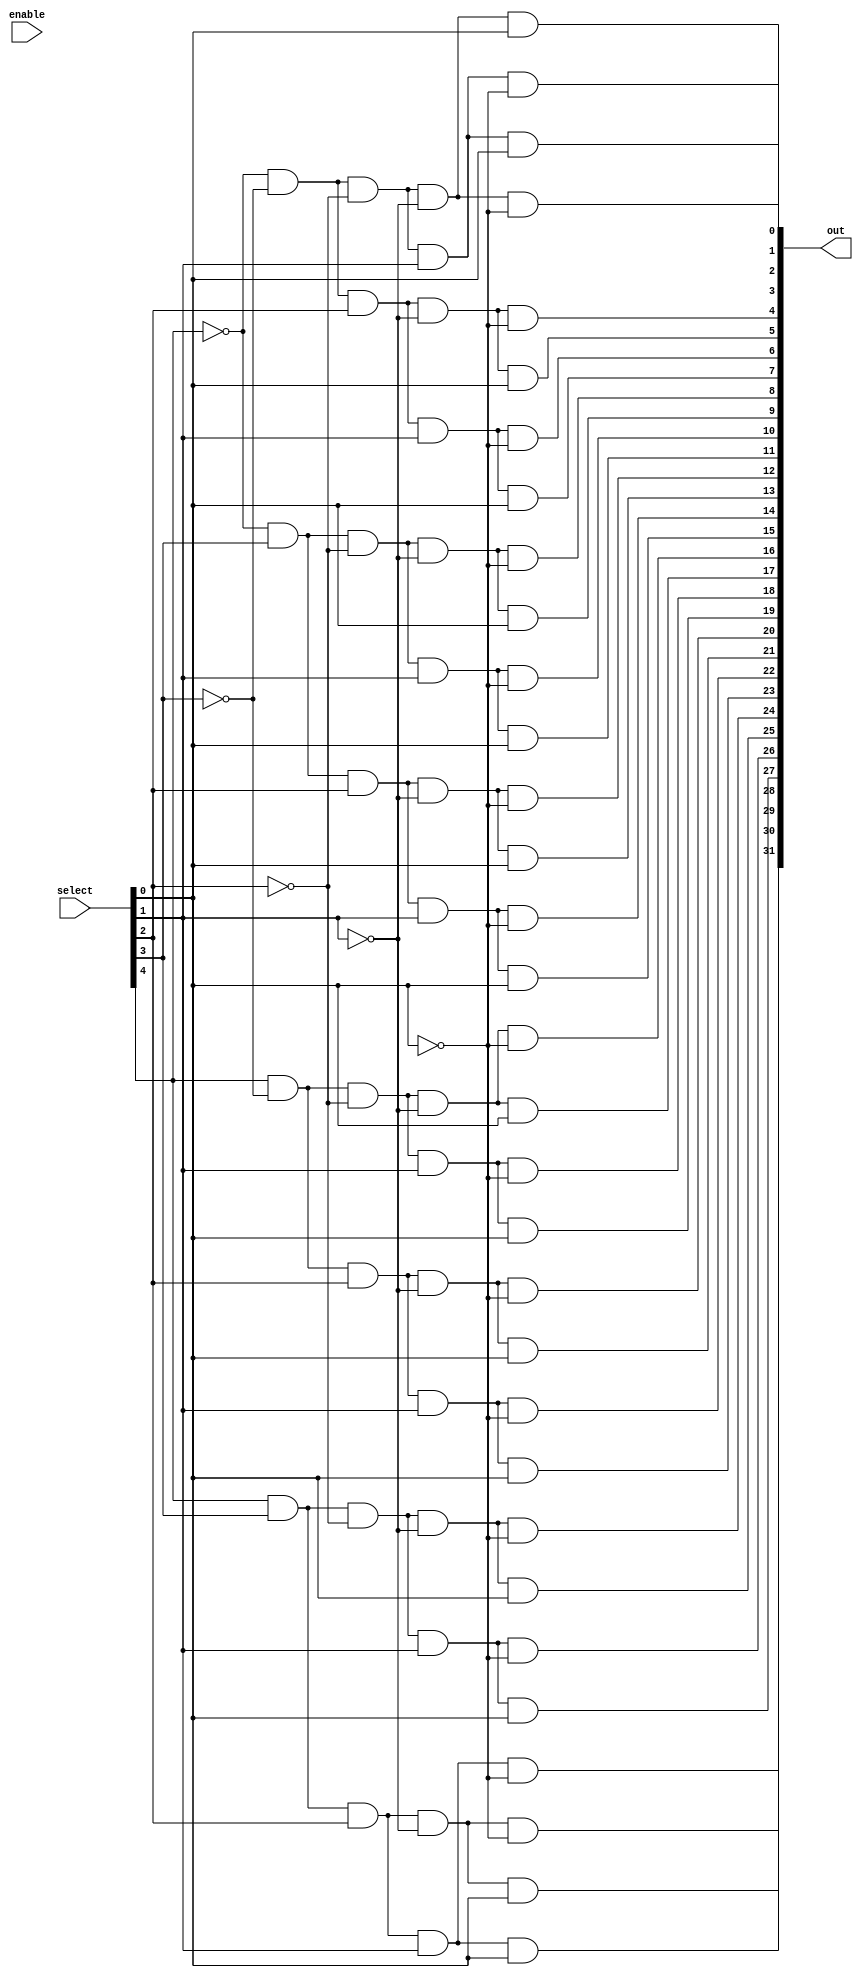
module decoder32(out, select, enable);
    input [4:0] select;
    input enable;
    output [31:0] out;

    wire [4:0] ns;
	not not1(ns[0], select[0]);
	not not2(ns[1], select[1]);
	not not3(ns[2], select[2]);
	not not4(ns[3], select[3]);
	not not5(ns[4], select[4]);
	and and0(out[0], ns[4], ns[3], ns[2], ns[1], ns[0]);
	and and1(out[1], ns[4], ns[3], ns[2], ns[1], select[0]);
	and and2(out[2], ns[4], ns[3], ns[2], select[1], ns[0]);
	and and3(out[3], ns[4], ns[3], ns[2], select[1], select[0]);
	and and4(out[4], ns[4], ns[3], select[2], ns[1], ns[0]);
	and and5(out[5], ns[4], ns[3], select[2], ns[1], select[0]);
	and and6(out[6], ns[4], ns[3], select[2], select[1], ns[0]);
	and and7(out[7], ns[4], ns[3], select[2], select[1], select[0]);
	and and8(out[8], ns[4], select[3], ns[2], ns[1], ns[0]);
	and and9(out[9], ns[4], select[3], ns[2], ns[1], select[0]);
	and and10(out[10], ns[4], select[3], ns[2], select[1], ns[0]);
	and and11(out[11], ns[4], select[3], ns[2], select[1], select[0]);
	and and12(out[12], ns[4], select[3], select[2], ns[1], ns[0]);
	and and13(out[13], ns[4], select[3], select[2], ns[1], select[0]);
	and and14(out[14], ns[4], select[3], select[2], select[1], ns[0]);
	and and15(out[15], ns[4], select[3], select[2], select[1], select[0]);
	and and16(out[16], select[4], ns[3], ns[2], ns[1], ns[0]);
	and and17(out[17], select[4], ns[3], ns[2], ns[1], select[0]);
	and and18(out[18], select[4], ns[3], ns[2], select[1], ns[0]);
	and and19(out[19], select[4], ns[3], ns[2], select[1], select[0]);
	and and20(out[20], select[4], ns[3], select[2], ns[1], ns[0]);
	and and21(out[21], select[4], ns[3], select[2], ns[1], select[0]);
	and and22(out[22], select[4], ns[3], select[2], select[1], ns[0]);
	and and23(out[23], select[4], ns[3], select[2], select[1], select[0]);
	and and24(out[24], select[4], select[3], ns[2], ns[1], ns[0]);
	and and25(out[25], select[4], select[3], ns[2], ns[1], select[0]);
	and and26(out[26], select[4], select[3], ns[2], select[1], ns[0]);
	and and27(out[27], select[4], select[3], ns[2], select[1], select[0]);
	and and28(out[28], select[4], select[3], select[2], ns[1], ns[0]);
	and and29(out[29], select[4], select[3], select[2], ns[1], select[0]);
	and and30(out[30], select[4], select[3], select[2], select[1], ns[0]);
	and and31(out[31], select[4], select[3], select[2], select[1], select[0]);


endmodule